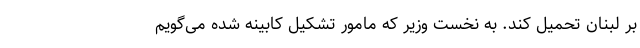
بر لبنان تحمیل کند. به نخست وزیر که مامور تشکیل کابینه شده می‌گویم